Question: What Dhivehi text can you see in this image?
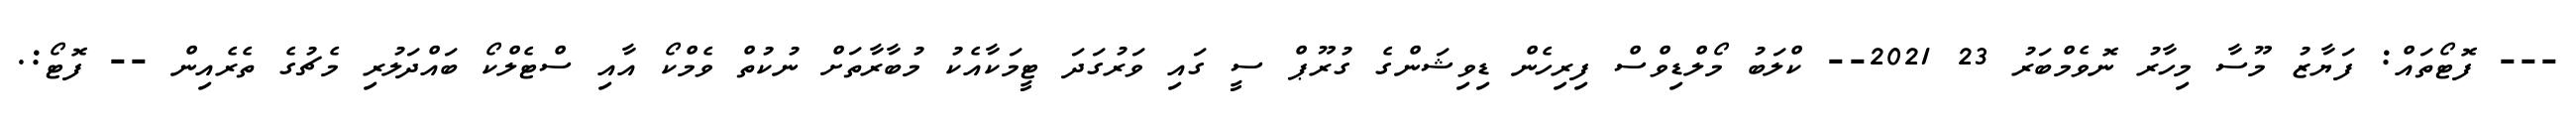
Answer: --- ފޮޓޯތައް: ފަޔާޒު މޫސާ މިހާރު ނޮވެމްބަރު 23 2021-- ކްލަބު މޯލްޑިވްސް ފިރިހެން ޑިވިޝަންގެ ގުރޫޕް ސީ ގައި ވަރުގަދަ ޓީމަކާއެކު މުބާރާތަށް ނުކުތް ވެމްކޯ އާއި ސްޓެލްކޯ ބައްދަލުރި މެޗުގެ ތެރެއިން -- ފޮޓޯ:.